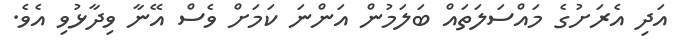
އަދި އެރަށުގެ މައްސަލަތައް ބަލަމުން އަންނަ ކަމަށް ވެސް އޭނާ ވިދާޅުވި އެވެ.